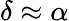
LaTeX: \delta\approx\alpha